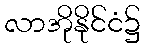
လာအိုနိုင်ငံ၌